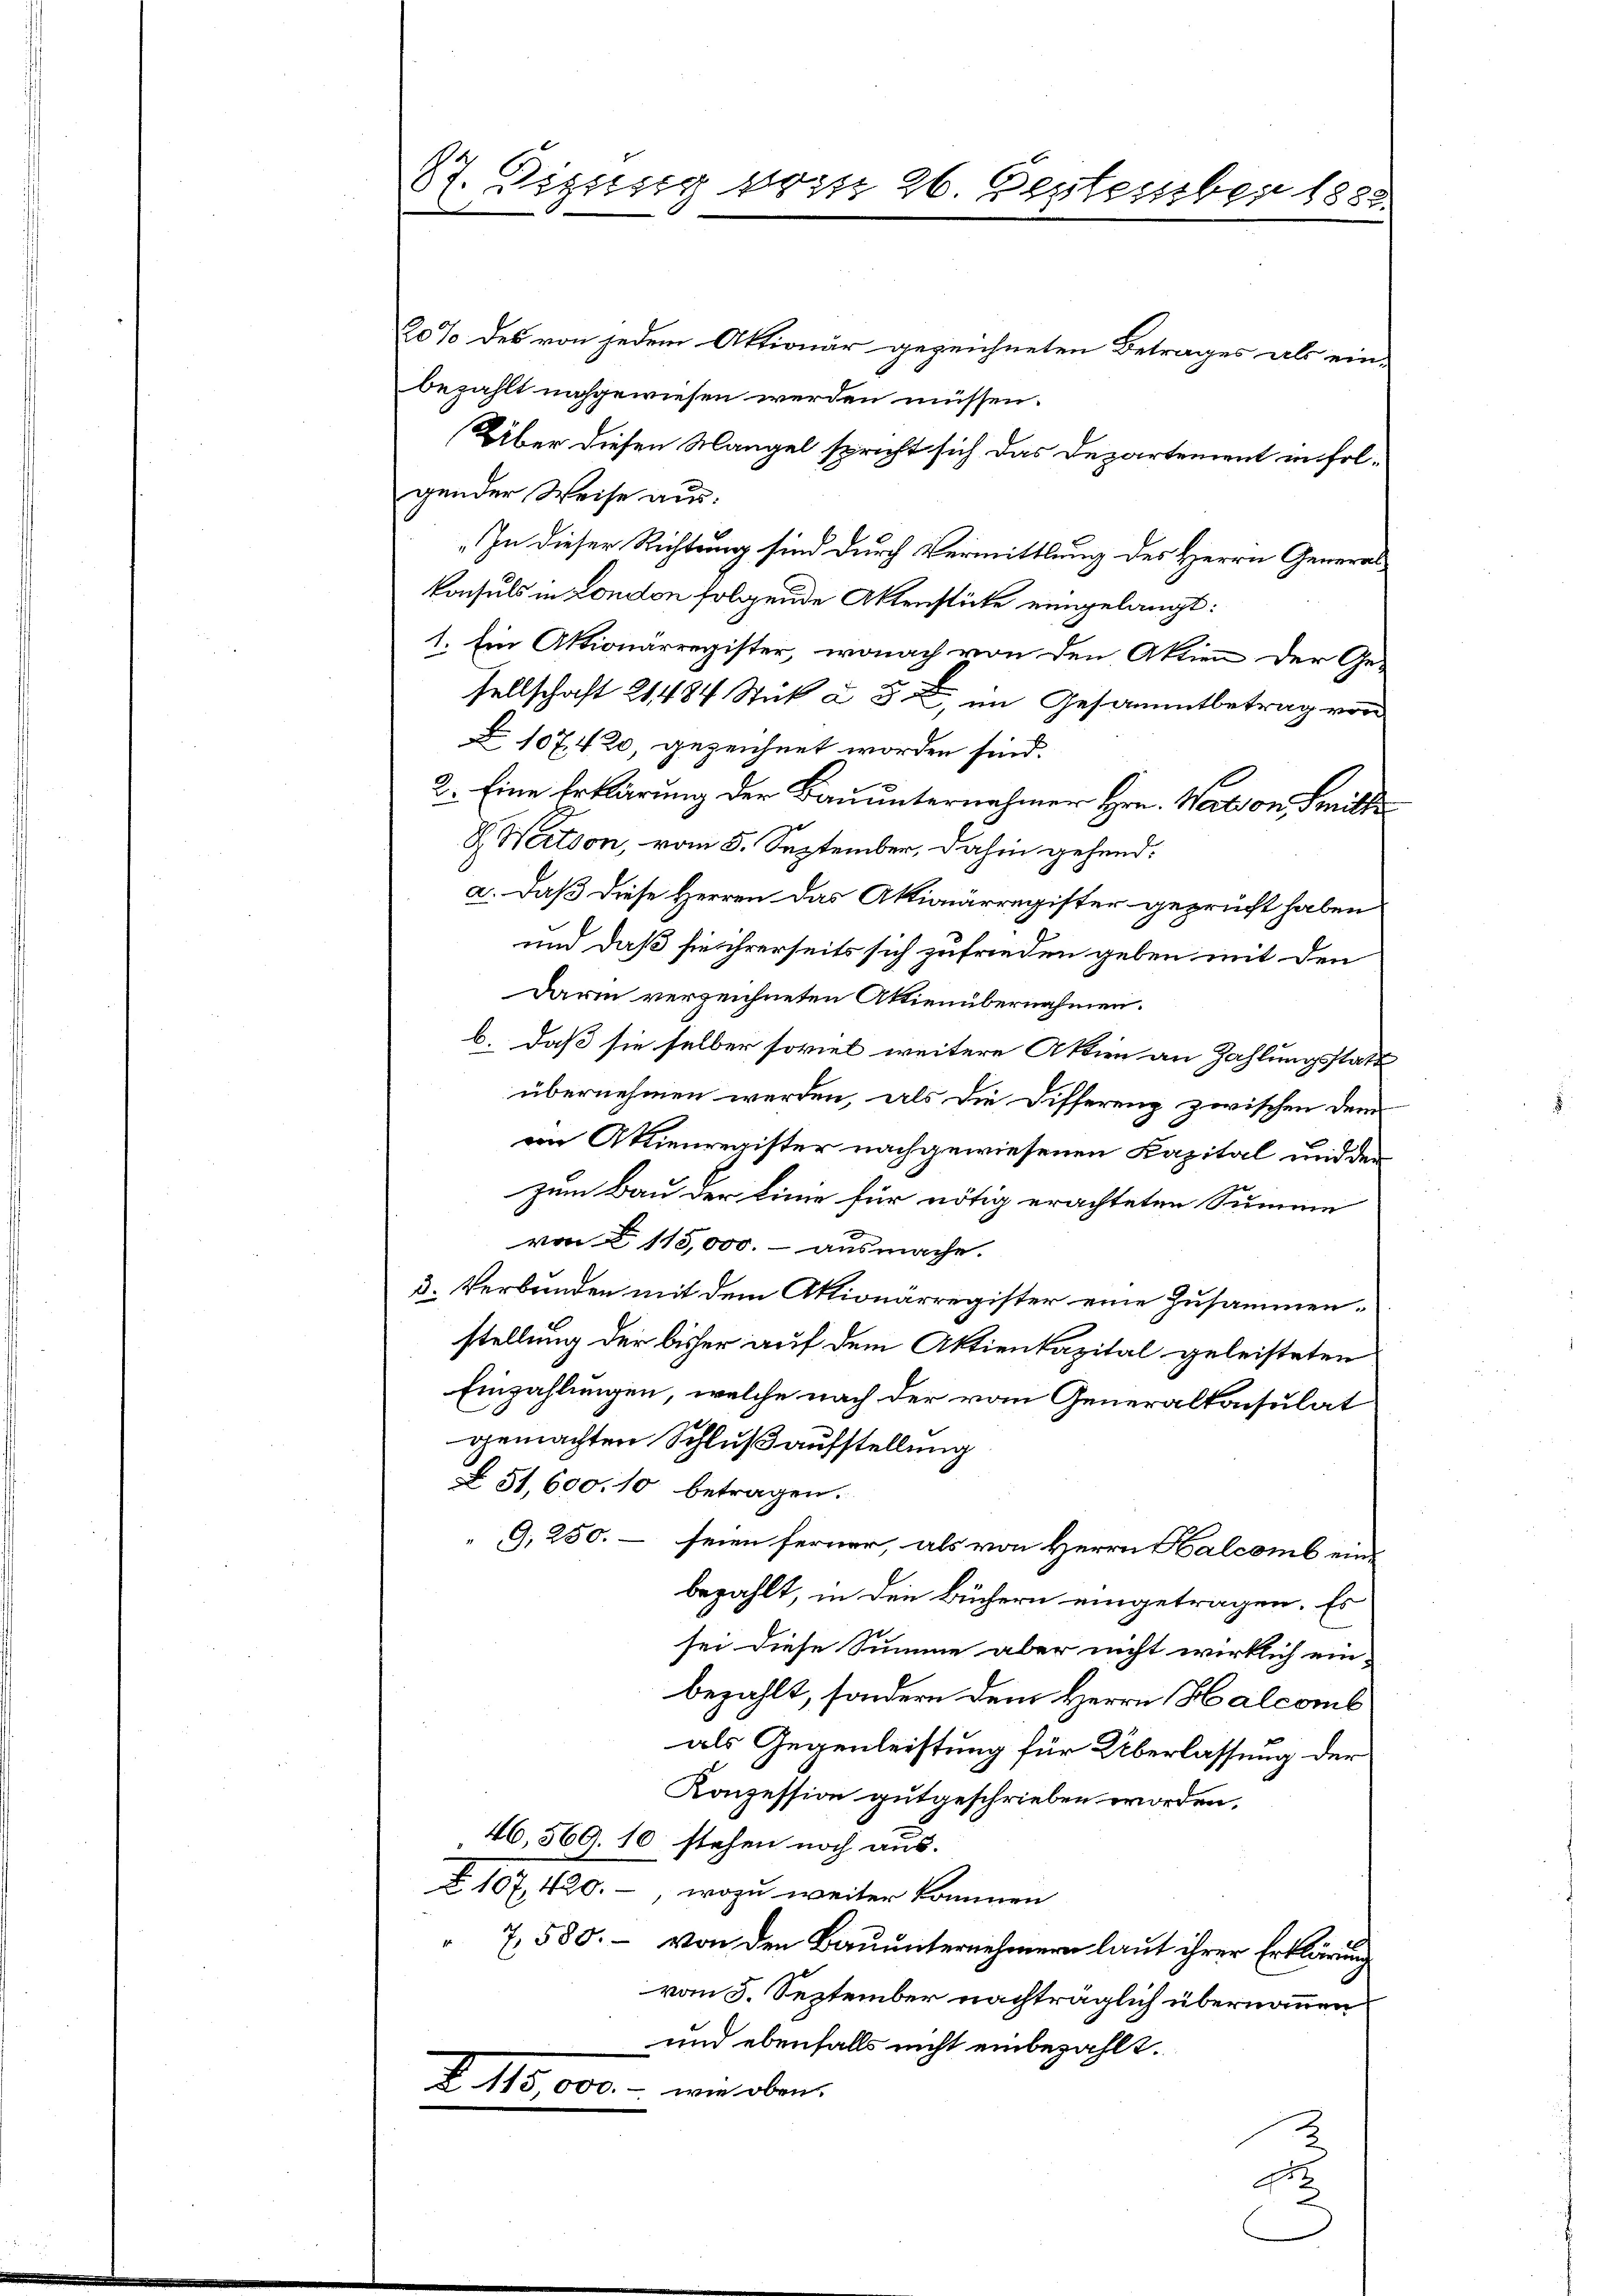
87. Digung vom 26. September 1888.

20% des von jedem Aktionär gezeichneten Betrages als ein-
bezahlt nachgewiesen werden müssen.
(Über diesen Mangel spricht sich das Departement infolgender Weise aus:
„In dieser Richtung sind durch Vermittlung des Herrn General¬
Konsuls in London folgende Aktenstüke eingelangt:
1. Ein Aktionärregister, wonach von den Aktien der Ge-
sellschaft 21484 Stück à 5. im Gesammtbetrag von
Z 107420, gezeichnet worden sind.
2. Eine Erklärung der Bauunternahmen Hrn. Nation, Seite
G. Wertson, vom 5. September, dahin gehend:
a. Daß diese Herren das Aktionärregister geprüft haben
und daß sie ihrerseits sich zufrieden geben mit den
Darin verzeichneten Aktienübernahmen.
b. daß sie selber soviel weitere Aktien an Zahlungsstatt
übernehmen werden, als die Differenz zwischen dem
ein Aktienregister nachgewiesenen Kapital und der
zum Bau der Linie für nötig erachteten Summe
von § 115,000. ausmache.
3. Verbunden mit dem Aktionärregister eine Zusammen
stellung der bisher auf dem Aktienkapital geleisteten
Einzahlungen, welche nach der vom Generalkonsulat
gemachten Schluß aufstellung
Z51,600. 10 betragen.
 9, 250. – seien ferner, als von Herrn Halcomb ein-
bezahlt, in den Büchern eingetragen. Es
sei diese Summe aber nicht wirklich ein-
bezahlt, sondern dem Herrn Halcomb
als Gegenleistung für Überlassung der
Konzession gutgeschrieben worden.
46,569. 10 stehen noch aus.
B. 107, 420., wozu weiter kommen
7,580. - von den Bauunternehmern laut ihrer Erklärung
vom 5. September nachträglich übernommen
und ebenfalls nicht einbezahlt.
Z. 115 000 u. würden.
d